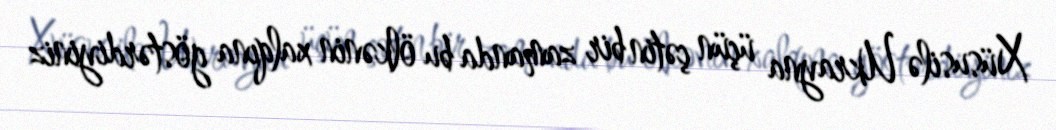
Xüsusilə Ukrayna üçün çətin bir zamanda bu ölkənin xalqına göstərdiyiniz